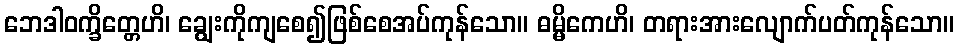
ဘေဒါဝက္ခိတ္တေဟိ၊ ချွေးကိုကျစေ၍ဖြစ်စေအပ်ကုန်သော။ ဓမ္မိကေဟိ၊ တရားအားလျောက်ပတ်ကုန်သော။